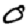
Digit: 0